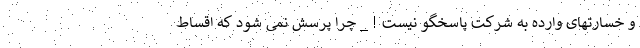
و خسارتهای وارده به شرکت پاسخگو نیست ! _ چرا پرسش نمی شود که اقساط